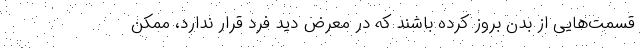
قسمت‌هایی از بدن بروز کرده باشند که در معرض دید فرد قرار ندارد، ممکن